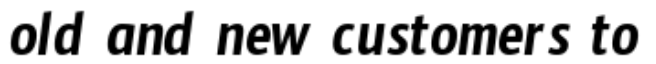
old and new customers to